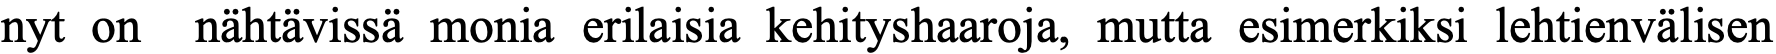
nyt on nähtävissä monia erilaisia kehityshaaroja, mutta esimerkiksi lehtienvälisen